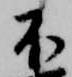
不